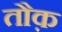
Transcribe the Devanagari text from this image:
तौक़